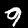
Digit: 9